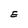
Character: E